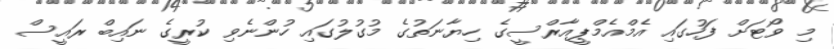
މި ވޯޓަށް ފަހުގައި އެމްއެމްޕީއާރްސީގެ ހިޔާނަތުގެ މުގުލުގައި ހުންނެވި ކުރީގެ ނައިބް ރައީސް